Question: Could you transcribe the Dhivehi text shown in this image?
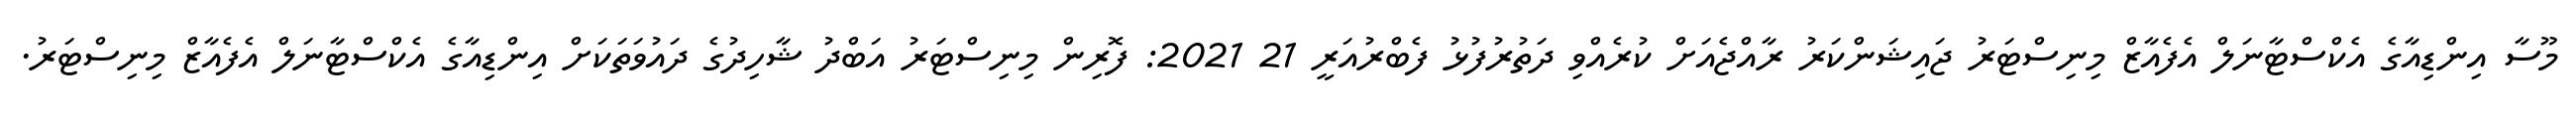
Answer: މޫސާ އިންޑިއާގެ އެކްސްޓާނަލް އެފެއާޒް މިނިސްޓަރު ޖައިޝަންކަރު ރާއްޖެއަށް ކުރެއްވި ދަތުރުފުޅު ފެބްރުއަރީ 21 2021: ފޮރިން މިނިސްޓަރު އަބްދު ޝާހިދުގެ ދައުވަތަކަށް އިންޑިއާގެ އެކްސްޓާނަލް އެފެއާޒް މިނިސްޓަރު.